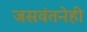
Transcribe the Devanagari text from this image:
जसवंतनेही